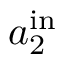
a _ { 2 } ^ { \mathrm { i n } }